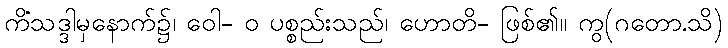
ကိံသဒ္ဒါမှနောက်၌၊ ဝေါ- ဝ ပစ္စည်းသည်၊ ဟောတိ- ဖြစ်၏။ ကွ(ဂတော.သိ)